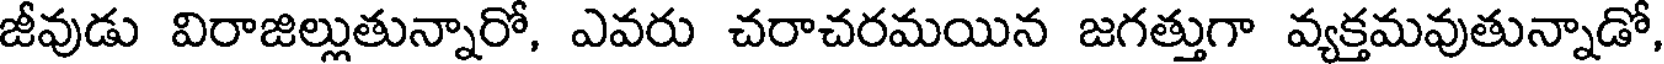
జీవుడు విరాజిల్లుతున్నారో, ఎవరు చరాచరమయిన జగత్తుగా వ్యక్తమవుతున్నాడో,